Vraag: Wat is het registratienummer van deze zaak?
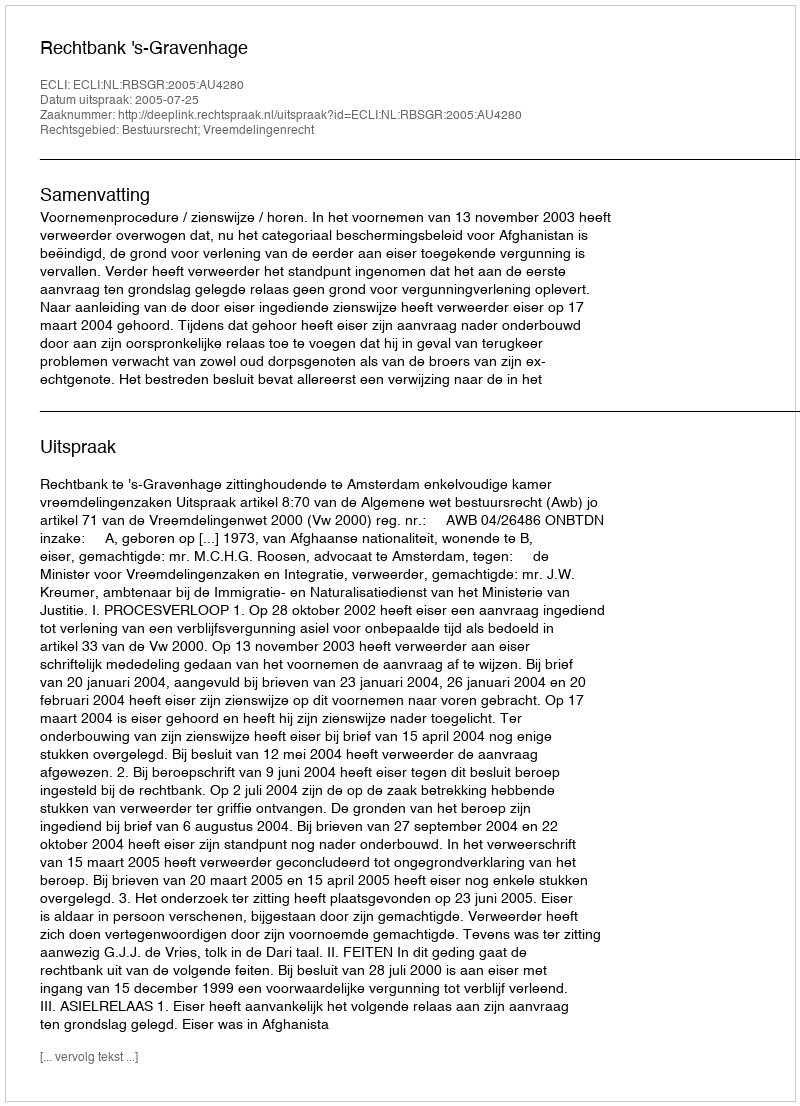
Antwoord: http://deeplink.rechtspraak.nl/uitspraak?id=ECLI:NL:RBSGR:2005:AU4280